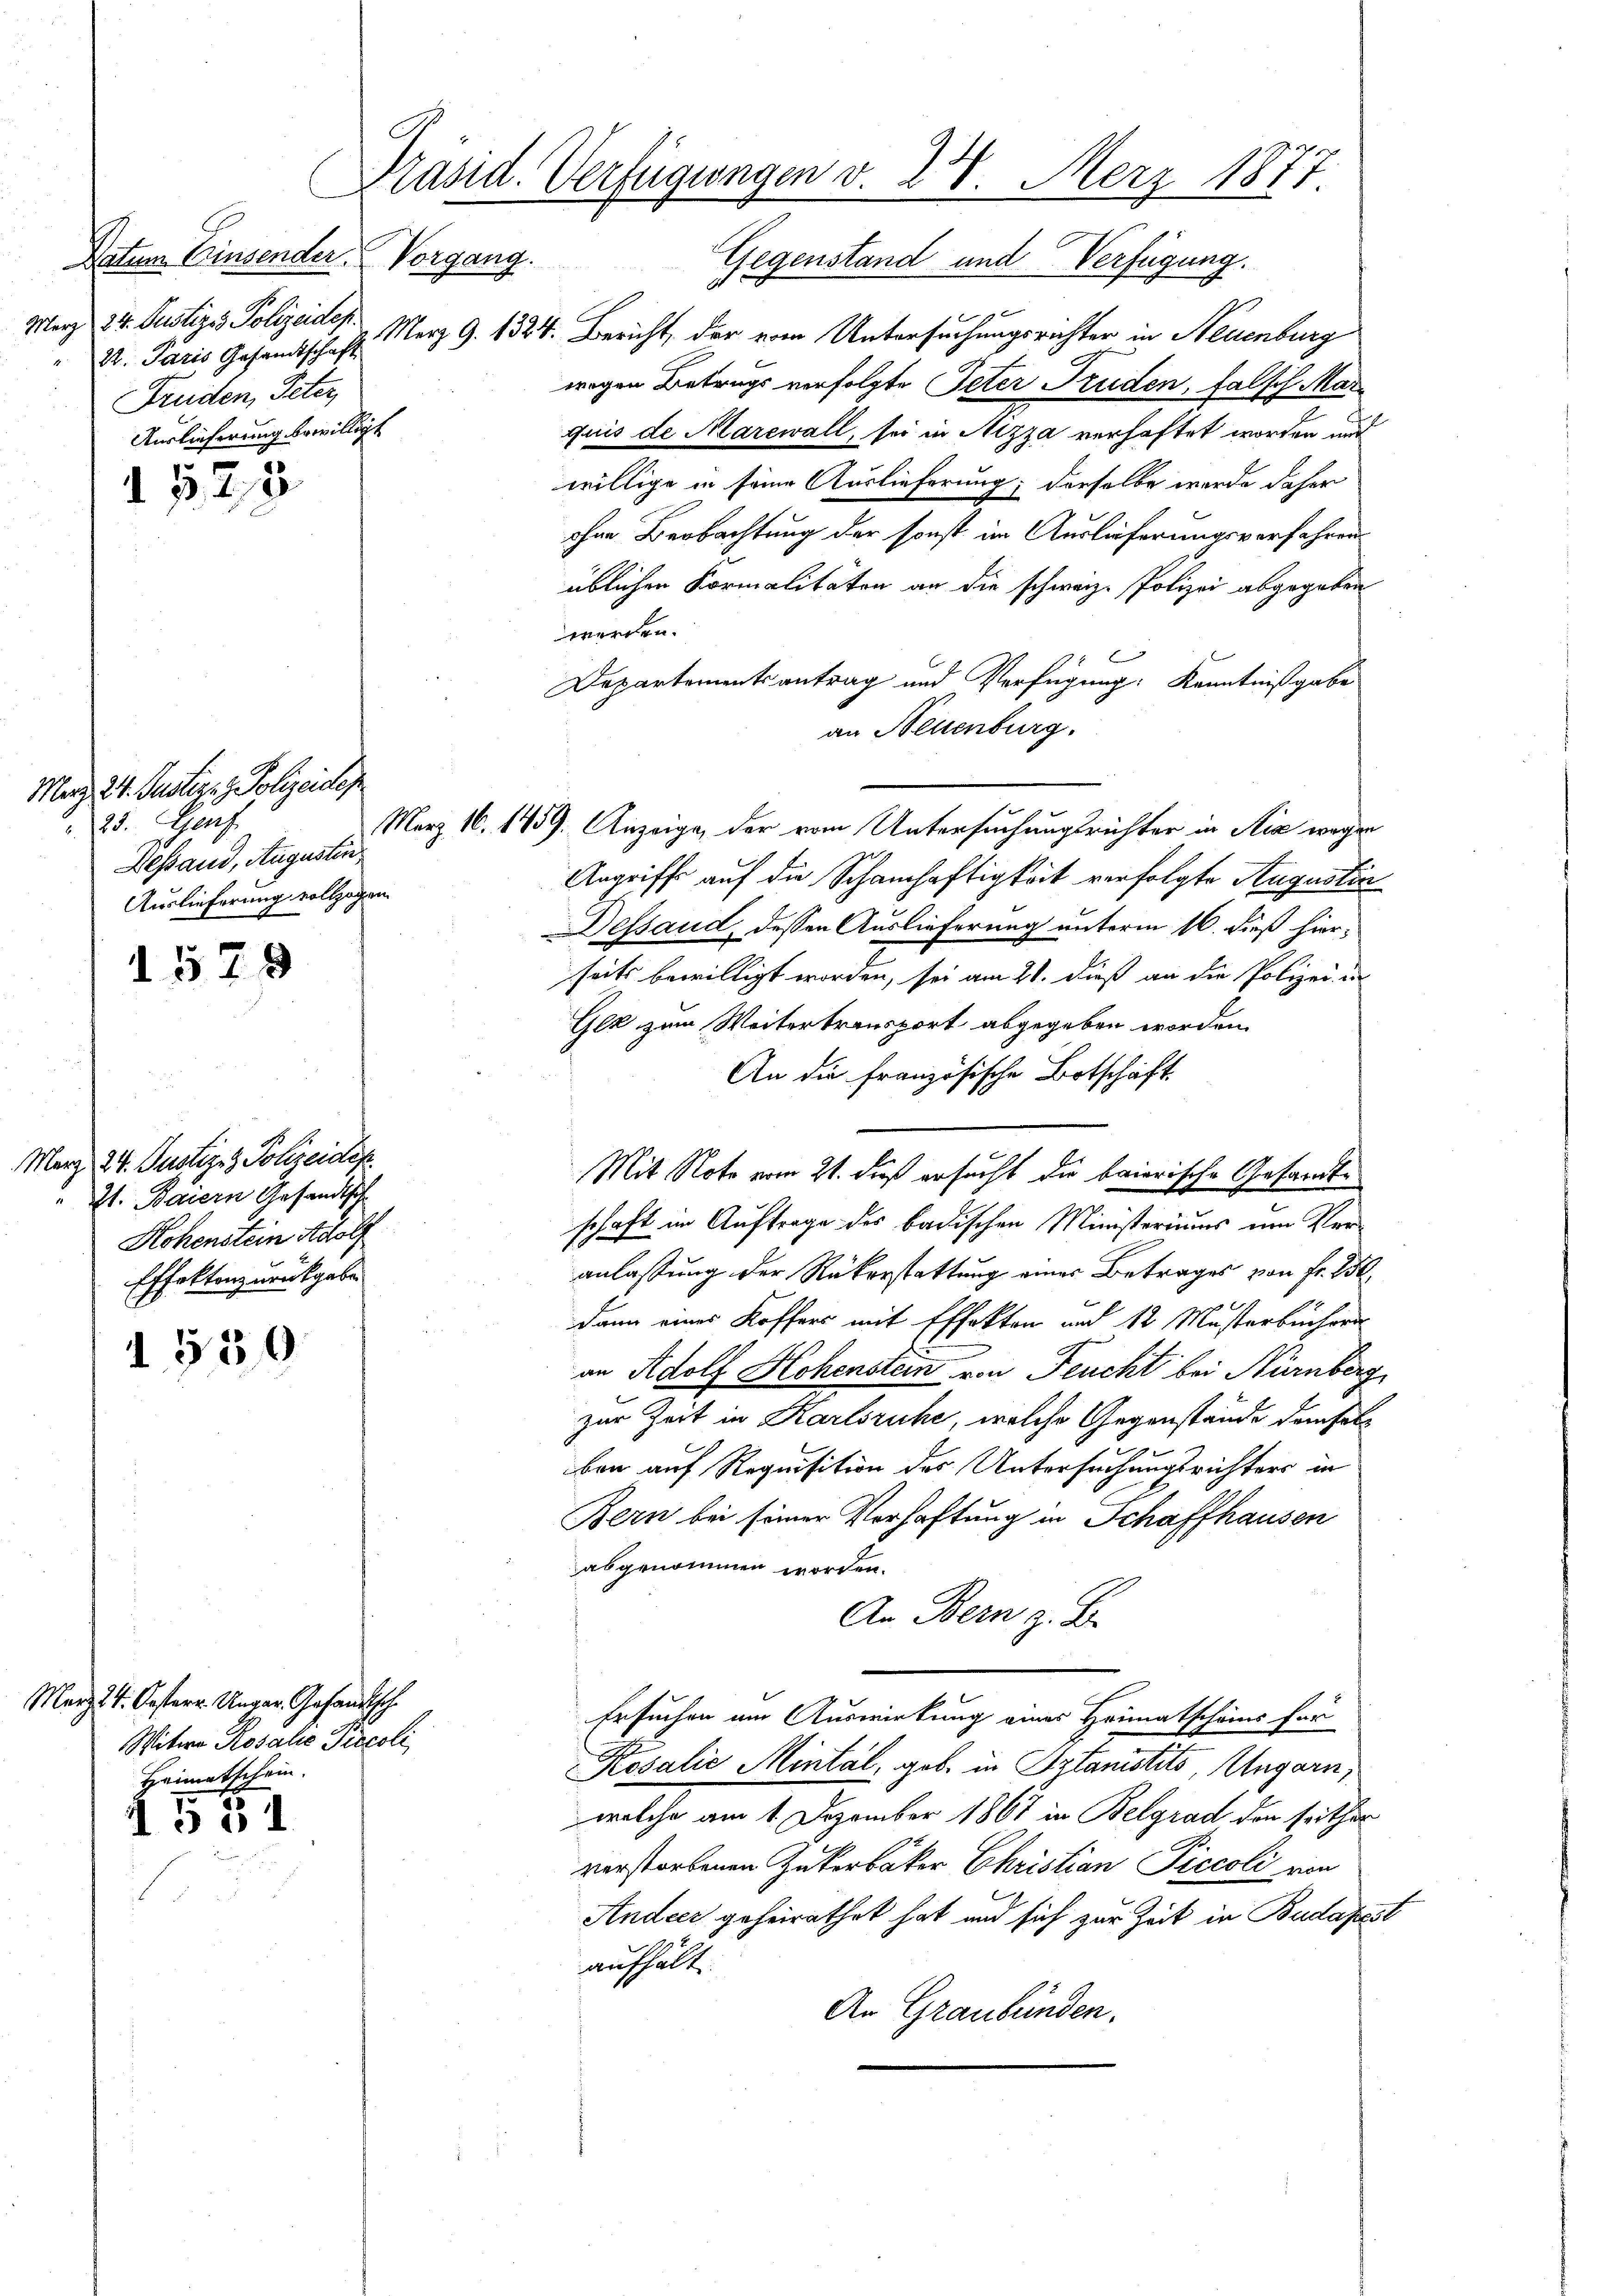
Datum Einsender.
Merz 24. Justiz & Polizeidep
22. Paris Gesandtschaft
Truden, Peter,
Auslieferung bewilligt

1523

Marz. 24. Justir. z. Polizeider
 25. auf.
Bestand, Augustin
Auslieferung vollzogen.

1579

1550

Merz 4. Kosterr. Ungar. Gesandtsche
Witwe Rosalie Precoli
Heimatschein.

o 31

Präsid. Verfügungen v. 28. Merz 1877.
Vorgang.
Gegenstand und Verfügung.

März 24. Justiz- & Polizeidep
21. Baiern Gesandtsch
Hohenstein Adolf
Effekten zurückgabe

Merz 9. 1324. Bericht, der vom Untersuchungsrichter in Neuenburg
wegen Betrugs vorfolgte Peter Truden, falsch Mari
Juis de Marewall, sei in Nizza verhaftet worden und
willige in seine Auslieferung; derselbe wurde daher
ohne Beobachtung der sonst im Auslieferungsverfahrens
üblichen Formalitäten an die schwarz- Polizei abgegeben
werden.
Departementsantrag und Verfügung: Kenntnißgabe
an Neuenburg.
März 16. 1459. Anzeige, der vom Untersuchungsrichter in Nie wegen
Angriff auf die Schamhaftigkeit verfolgte Augustin
Dessaud, dessen Auslieferung unterm 16. dieß hierseits bewilligt worden, sei am 21. dieß an die Polizei in
Gez zum Weitertransport abgegeben worden.
An die französische Botschäft
Mit Note vom 21. dieß ersucht die baiorische Gesamtschaft im Auftrage des badischen Ministeriums um Veranlassung der Rükerstattung eines Betrages von Fr. 150
4
dann einer Koffers mit Effekten und 12 Mastarbüchern
an Adolf Hohenstein von Feucht bei Nürnberg
zur Zeit in Karlsruhe, welche Gegenstände demselben auf Requisition des Untersuchungsrichters in
Bern bei seiner Verhaftung in Schaffhausen
abgenommen worden.
An Bern z. B.
Ersuchen am Auswirkung eines Heimatschens für
Kosalie Mintal, geb. in Stanistitz, Ungarn,
welche am 1. Dezember 1867 in Belgrad den seither
verstorbenen Zukerbäcker Christian Piccoli von
Andeer geheirathet hat und sich zur Zeit in Budapest
aufhält.
An Graubünden.